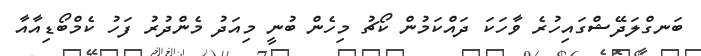
ބަނގްލަދޭޝްގައިހުރެ ވާހަކަ ދައްކަމުން ކޯޗު މިހެން ބުނީ މިއަދު މެންދުރު ފަހު ކެމްބޯޑިއާއާ